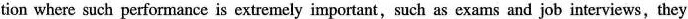
tion where such performance is extremely important,such as exams and job interviews,they